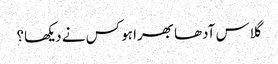
گلاس آدھا بھرا ہو کس نے دیکھا؟